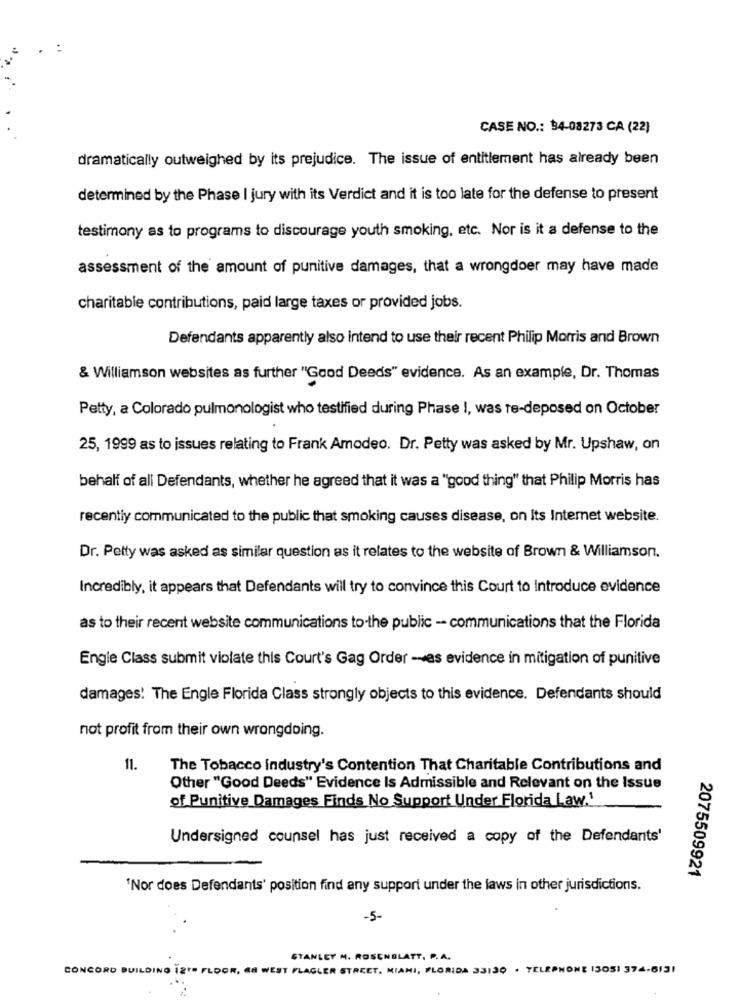
CASE NO .: 54-08273 CA (22)
dramatically outweighed by its prejudice. The issue of entitlement has already been
determined by the Phase I jury with its Verdict and it is too late for the defense to present
testimony as to programs to discourage youth smoking, etc. Nor is it a defense to the
assessment of the amount of punitive damages, that a wrongdoer may have made
charitable contributions, paid large taxes or provided jobs.
Defendants apparently also intend to use their recent Philip Morris and Brown
& Williamson websites as further "Good Deeds" evidence. As an example, Dr. Thomas
Petty, a Colorado pulmonologist who testified during Phase I, was re-deposed on October
25, 1999 as to issues relating to Frank Amodeo. Dr. Petty was asked by Mr. Upshaw, on
behalf of all Defendants, whether he agreed that it was a "good thing" that Philip Morris has
recently communicated to the public that smoking causes disease, on Its Internet website.
Dr. Petty was asked as similar question as it relates to the website of Brown & Williamson.
Incredibly, it appears that Defendants will try to convince this Court to Introduce evidence
as to their recent website communications to-the public - communications that the Florida
Engle Class submit violate this Court's Gag Order -as evidence in mitigation of punitive
damages! The Engle Florida Class strongly objects to this evidence. Defendants should
not profit from their own wrongdoing.
11.
The Tobacco industry's Contention That Charitable Contributions and
Other "Good Deeds" Evidence Is Admissible and Relevant on the Issue
of Punitive Damages Finds No Support Under Florida Law.1
Undersigned counsel has just received a copy of the Defendants'
2075509921
'Nor does Defendants' position find any support under the laws in other jurisdictions.
-5-
CY M. ROSENBLATT. P. A.
CONCORD BUILDING 1218 FLOOR, GS WEST FLAGLER STREET, MIAMI, FLORIDA 33130 . TELEPHONE 1305) 374-6131